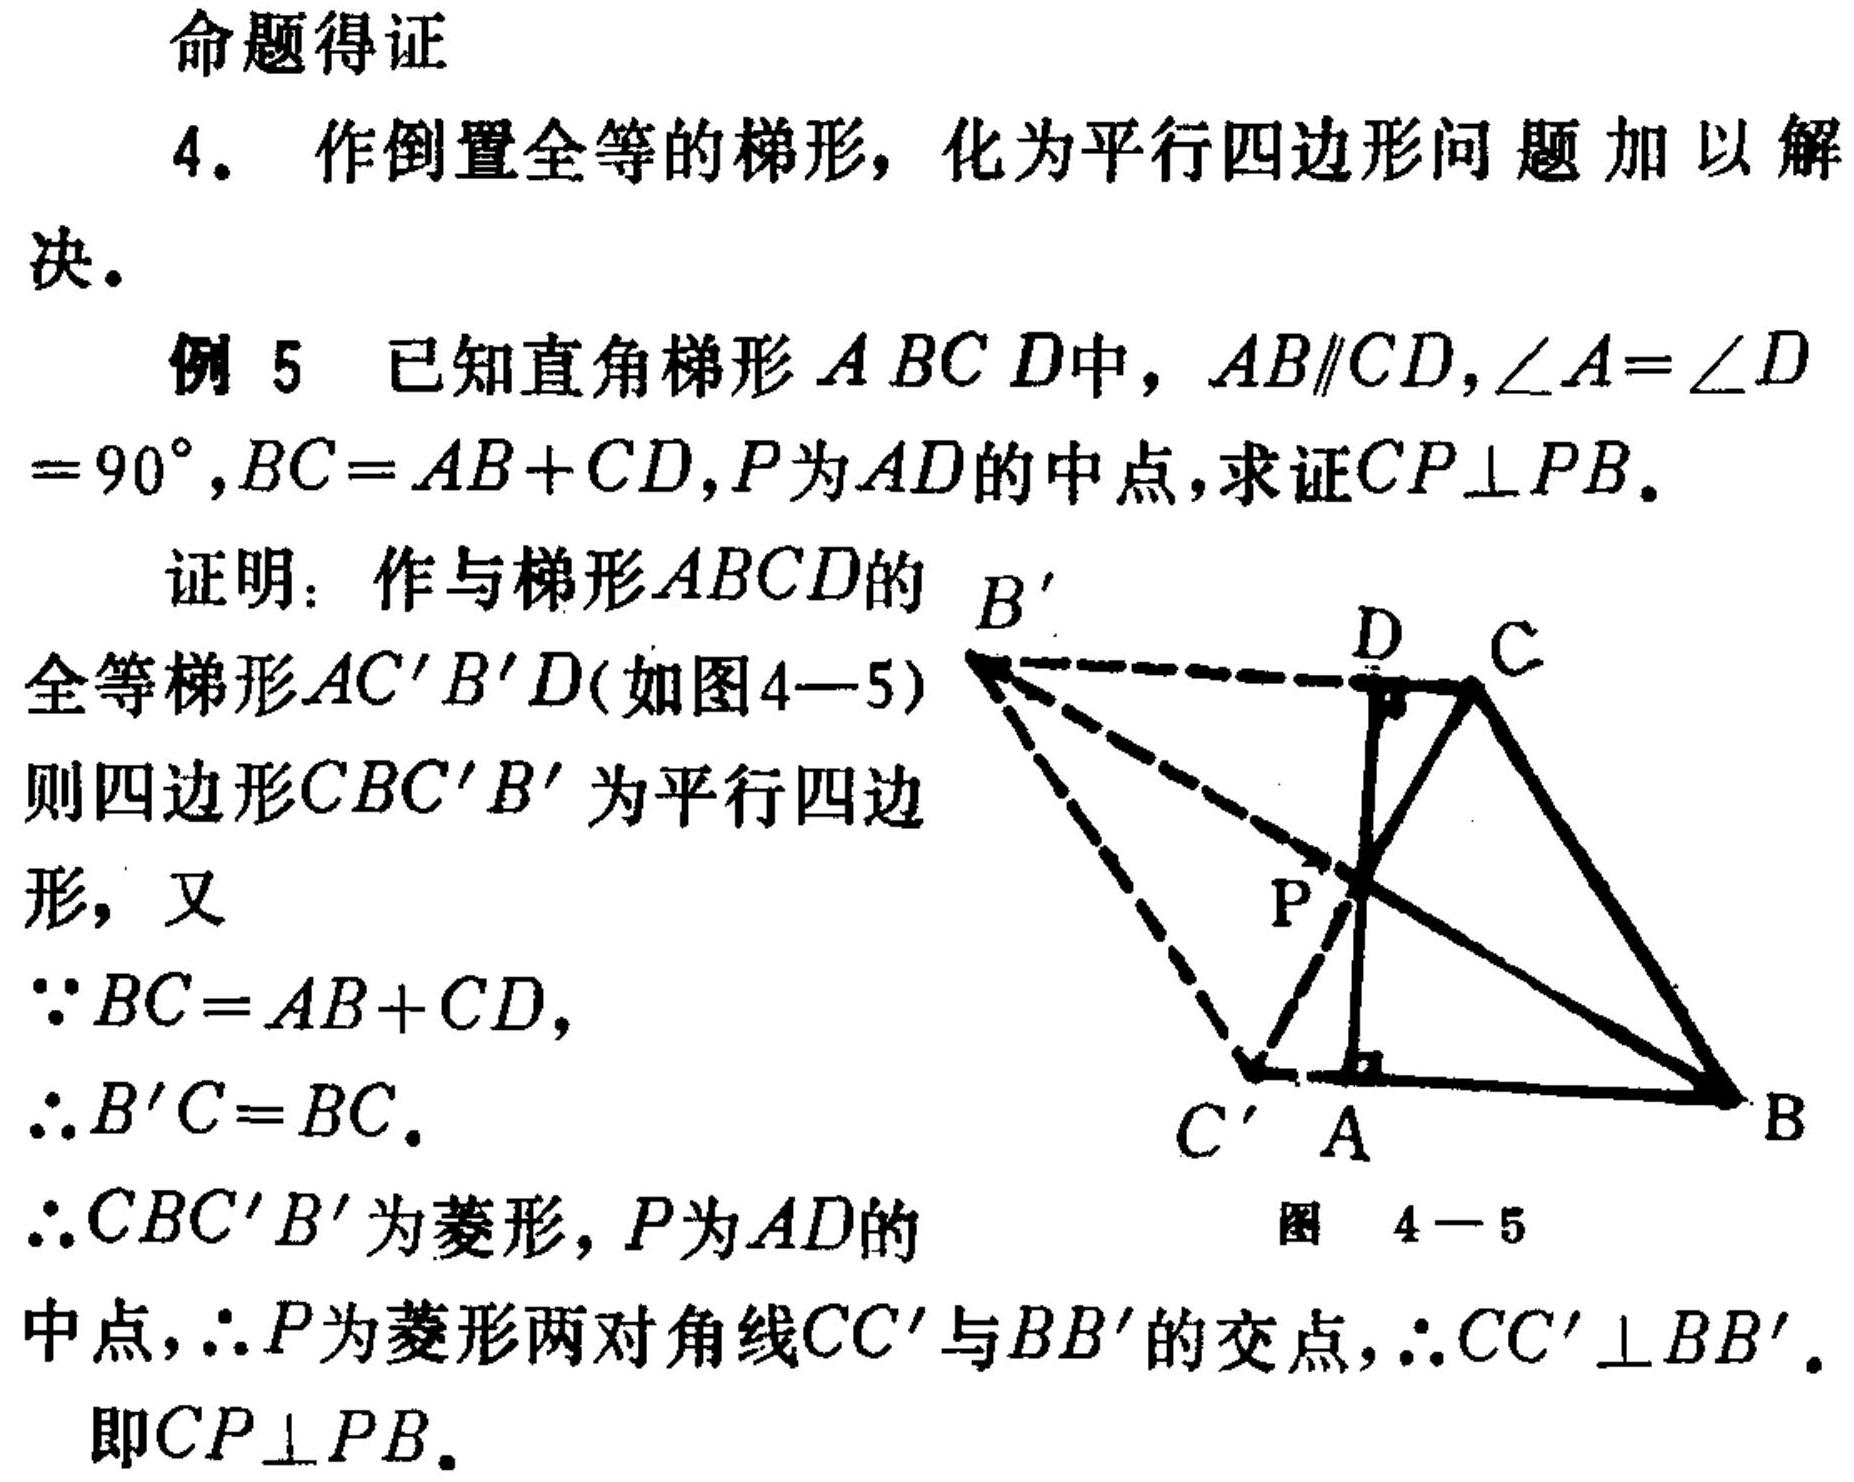
命题得证
4. 作倒置全等的梯形，化为平行四边形问题加以解决。
例 5 已知直角梯形 \(ABCD\)中，\(AB\parallel CD,\angle A=\angle D = 90^{\circ},BC = AB + CD,P\)为 \(AD\)的中点，求证\(CP\perp PB\)。
证明：作与梯形\(ABCD\)的 \(B'\)
全等梯形\(AC'B'D\)(如图4—5)
则四边形\(CBC'B'\)为平行四边形，又
\(\because BC = AB + CD\)，
\(\therefore B'C = BC\)。
\(\therefore CBC'B'\)为菱形，\(P\)为 \(AD\)的
中点，\(\therefore P\)为菱形两对角线\(CC'\)与\(BB'\)的交点，\(\therefore CC'\perp BB'\)。
即\(CP\perp PB\)。